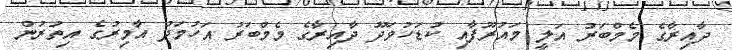
ދާއިރާގެ މެމްބަރު އަލީ މައުރޫފާއި ކުޑަހުވަދޫ ދާއިރާގެ މެމްބަރު އަހުމަދު އާމިރުގެ އިތުރުން